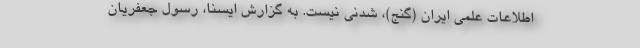
اطلاعات علمی ایران (گنج)، شدنی نیست. به گزارش ایسنا، رسول جعفریان